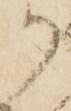
か